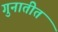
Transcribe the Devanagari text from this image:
गुनातीत